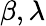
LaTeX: \beta,\lambda